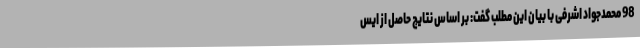
98 محمدجواد اشرفی با بیان این مطلب گفت: بر اساس نتایج حاصل از ایس